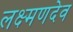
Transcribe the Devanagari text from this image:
लक्ष्‍मणदेव